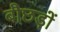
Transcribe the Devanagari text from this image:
बौछड़ों